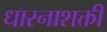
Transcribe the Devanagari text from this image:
धारनाशक्ती